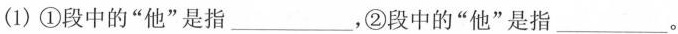
(1)①段中的”他”是指___，②段中的”他”是指___。